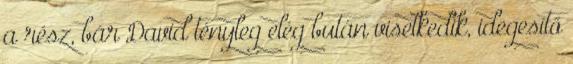
a rész, bár David tényleg elég bután viselkedik, idegesítő